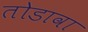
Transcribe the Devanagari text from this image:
तोडावा